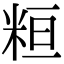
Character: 𥹚